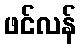
ဖင်လန်